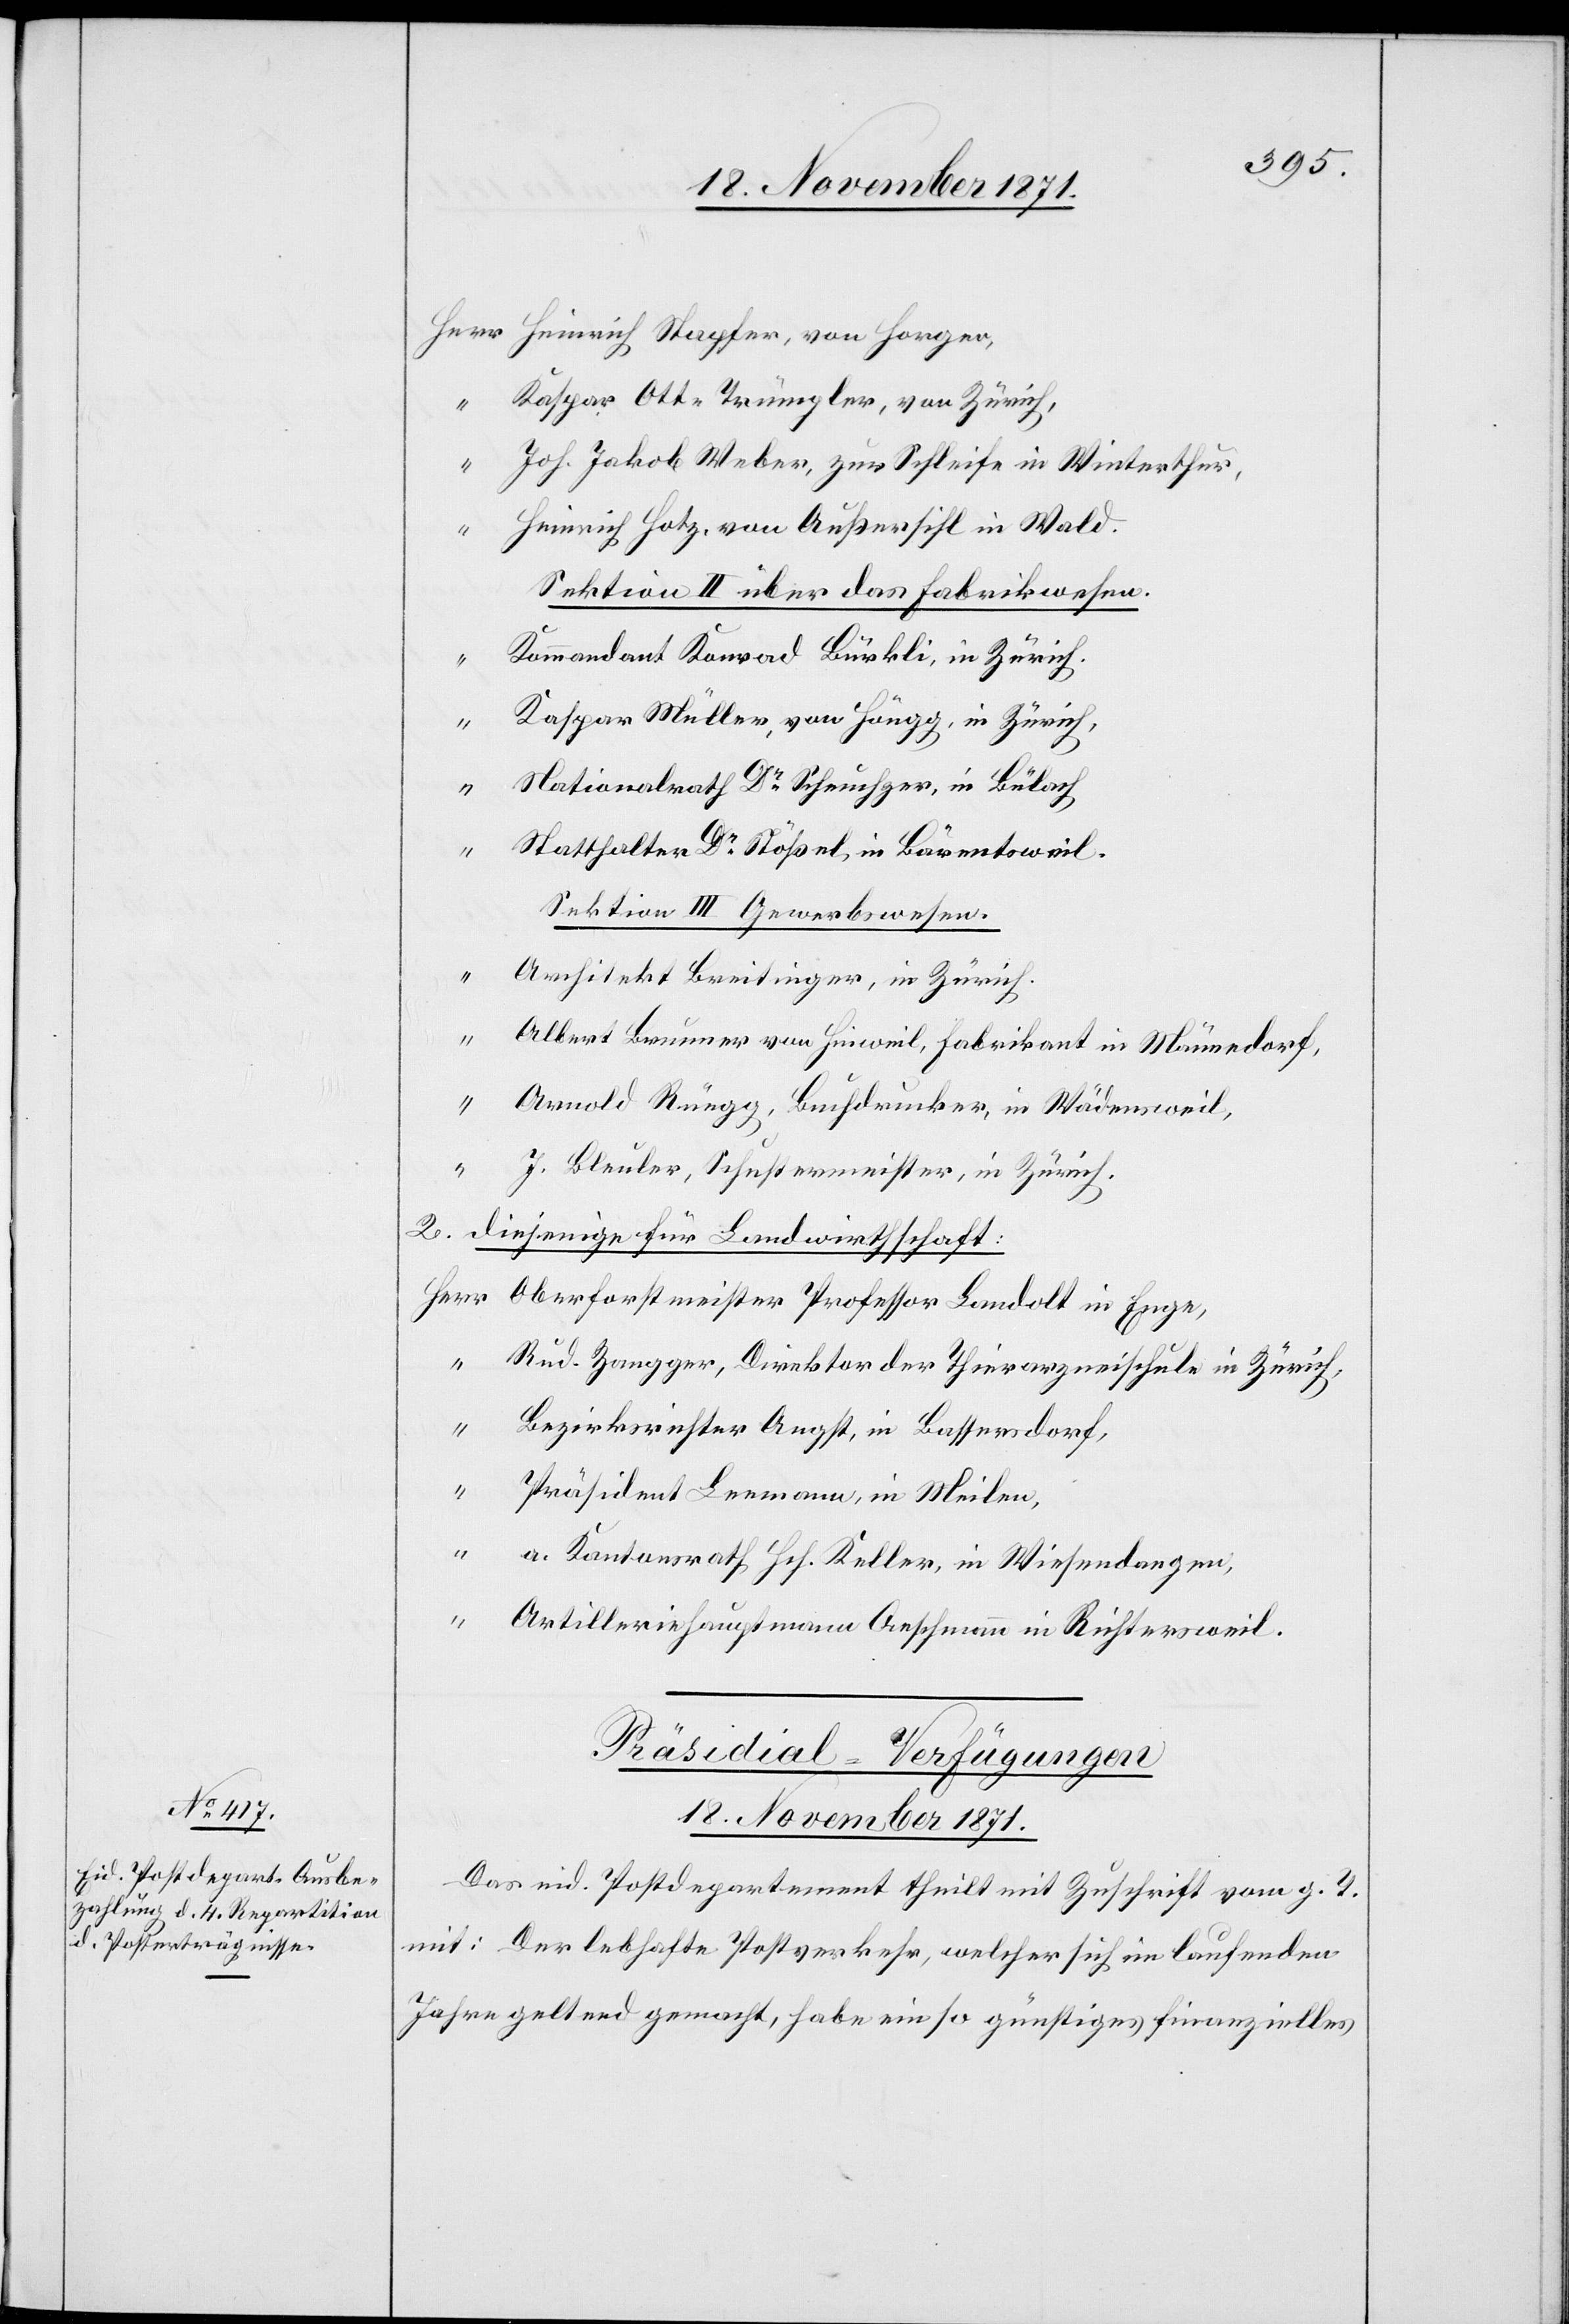
Kaspar Ott-Trümpler, von Zürich,
“
Joh. Jakob Weber, zur Schleife in Winterthur,
Heinrich Hotz, von Außersihl in Wald.
Sektion II über das Fabrikwesen.
Kommandant Konrad Bürkli, in Zürich,
Kaspar Müller, von Höngg, in Zürich,
Nationalrath Dr Scheuchzer, in Bülach
Statthalter Dr Stößel, in Bäretsweil.
Sektion III Gewerbewesen.
“
Architekt Breitinger, in Zürich.
Albert Brunner von Hinweil, Fabrikant in Männedorf,
“
Arnold Rüegg, Buchdrucker, in Wädensweil,
J. Bleuler, Schustermeister, in Zürich.
2. diejenigen für Landwirtschaft:
Oberforstmeister Professor Landolt in Enge,
“
Rud. Zangger, Direktor der Thierarzneischule in Zürich,
Bezirksrichter Augst, in Bassersdorf,
von
Präsident Leemann, in Meilen,
“
a. Kantonsrath Hch Keller, in Wiesendangen,
Artilleriehauptmann Aeschmann in Richtersweil.
Präsidial-V¬
erfügungen
18. November 1871.
Das eid. Postdepartement theilt mit Zuschrift vom g. T.
mit: Der lebhafte Postverkehr, welcher sich im laufenden
Jahre geltend gemacht, habe ein so günstiges finanzielles